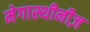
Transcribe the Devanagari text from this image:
मेगास्थीनीज़